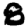
Digit: 8